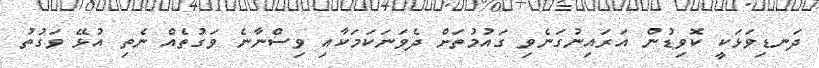
ދަނޑިވަޅަކީ ކޮވިޑުން އަރައިނުގަނެވި ގައުމުތަށް ދެވަނަކަމަކާއި ވިސްނާނެ ވަގުތެއް ނެތި އުޅޭ ވަގުތު